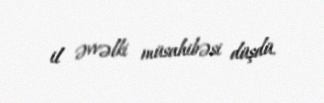
il əvvəlki müsahibəsi düşdü.